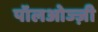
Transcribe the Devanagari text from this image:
पॉलओज्ज़ी